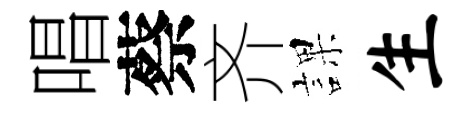
唱蔡齐課生